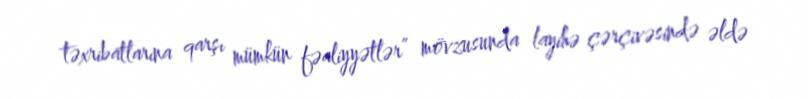
təxribatlarına qarşı mümkün fəaliyyətlər” mövzusunda layihə çərçivəsində əldə